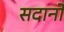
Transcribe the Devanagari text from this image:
सदानों